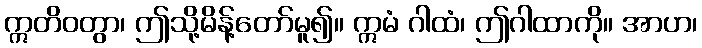
ဣတိဝတွာ၊ ဤသို့မိန့်တော်မူ၍။ ဣမံ ဂါထံ၊ ဤဂါထာကို။ အာဟ၊